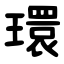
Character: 環